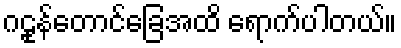
ဂဠုန်တောင်ခြေအထိ ရောက်ပါတယ်။